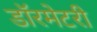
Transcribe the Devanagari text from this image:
डॉरमेटरी